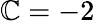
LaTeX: \mathbb{C}=-2